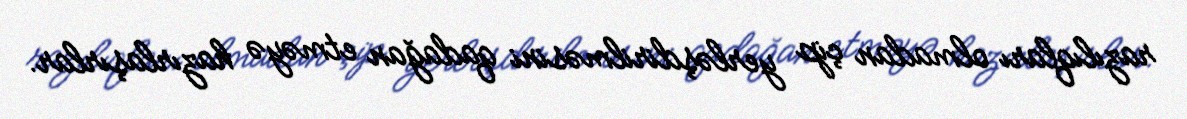
razılıqları olmadan çip yerləşdirilməsini qadağan etməyə hazırlaşırlar.